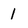
Character: 1